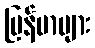
မြန်မာများ